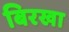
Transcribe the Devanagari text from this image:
बिरखा